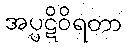
အပ္ပဋိဝိရတာ